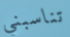
تناسبني